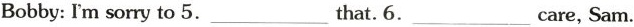
Bobby: Im sorry to 5. ___ that. 6. ___ care, Sam.